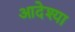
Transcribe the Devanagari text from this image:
आदेश्या